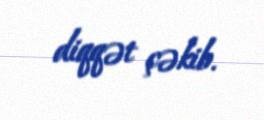
diqqət çəkib.